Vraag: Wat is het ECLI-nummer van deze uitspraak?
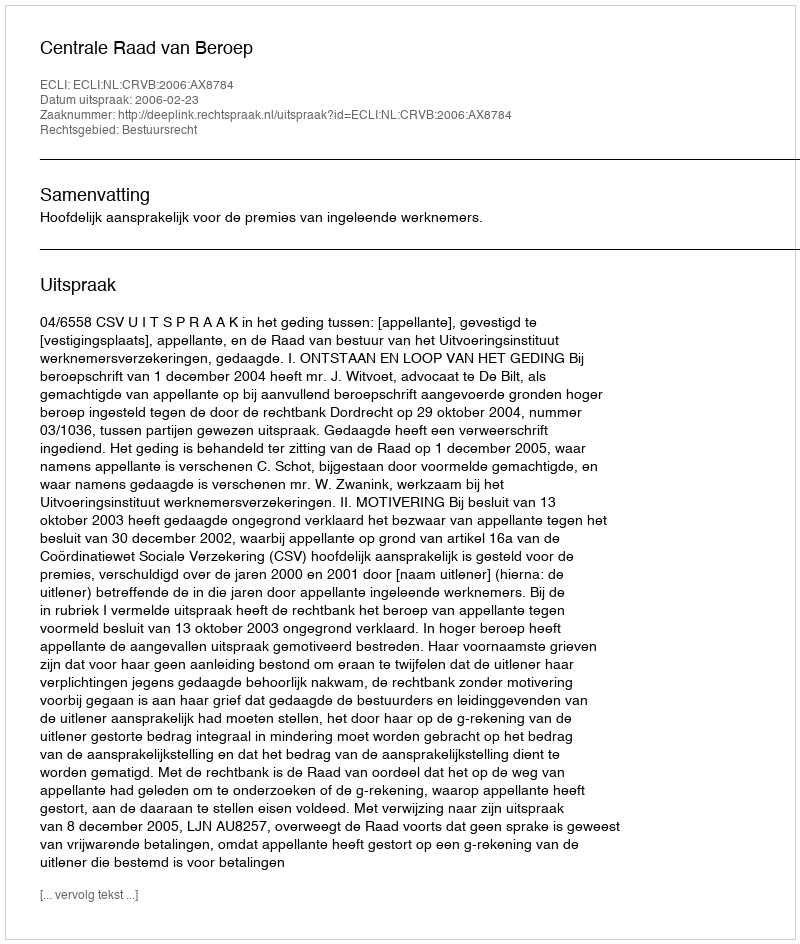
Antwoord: ECLI:NL:CRVB:2006:AX8784